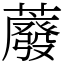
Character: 䕠